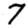
Digit: 7